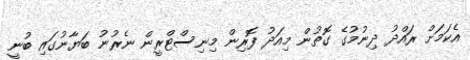
އެކަމަށް ރައްދު ދިނުމުގެ ގޮތުން މިއަދު ފޮރިން މިނިސްޓްރީން ނެރުނު ބަޔާނުގައި ބުނީ